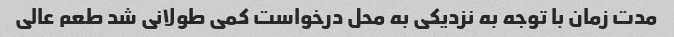
مدت زمان با توجه به نزدیکی به محل درخواست کمی طولانی شد طعم عالی